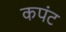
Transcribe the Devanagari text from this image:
कपंट